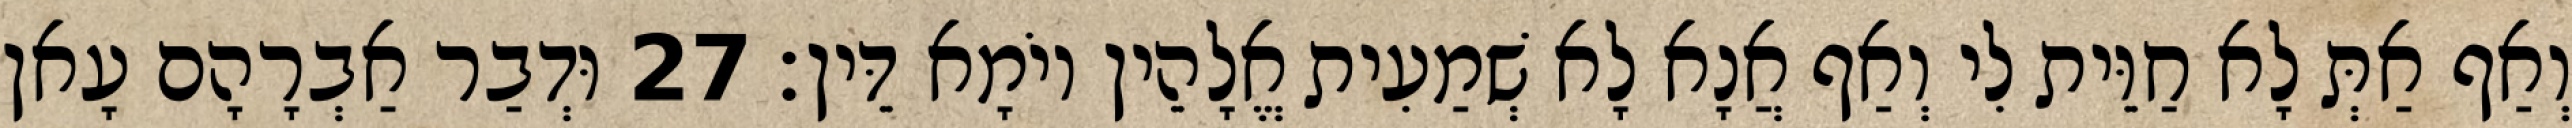
וְאַף אַתְּ לָא חַוֵּית לִי וְאַף אֲנָא לָא שְׁמַעִית אֱלָהֵין יוֹמָא דֵּין׃ 27 וּדְבַר אַבְרָהָם עָאן